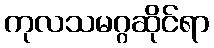
ကုလသမဂ္ဂဆိုင်ရာ